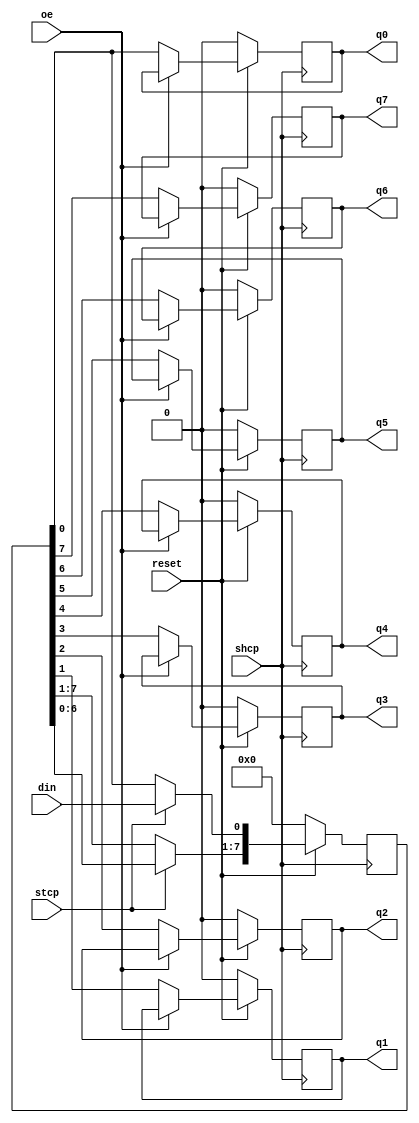
// 8 bit shift register based on 74HC595

module shiftregister (
  output reg q0,
  output reg q1,
  output reg q2,
  output reg q3,
  output reg q4,
  output reg q5,
  output reg q6,
  output reg q7,
  input oe,  // output enable active low
  input din, // ds
  input reset, // mr active low
  input shcp, // shift register clock input
  input stcp // storage register clock input);
);

  reg [7:0] storage;
  
  initial begin
     storage = 8'b00000000;
  end
  
  always @(posedge shcp) begin
    // Reset Storage register and outputs    
    if (~reset) begin
      storage = 8'b00000000;
      q0 <= 1'b0;
      q1 <= 1'b0;
      q2 <= 1'b0;
      q3 <= 1'b0;
      q4 <= 1'b0;
      q5 <= 1'b0;  
      q6 <= 1'b0;
      q7 <= 1'b0;
    end else begin
      // output data to q outputs  
      if (~oe) begin
        q0 <= storage[0];
        q1 <= storage[1];
        q2 <= storage[2];
        q3 <= storage[3];
        q4 <= storage[4];
        q5 <= storage[5];
        q6 <= storage[6];
        q7 <= storage[7];
      end
      // Shift data into sotrage register
      if (stcp) begin
        storage = storage << 1;
        storage[0] <= din;
      end 
    end   
  end
 
endmodule